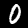
Digit: 0